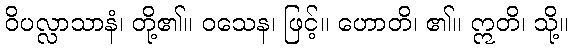
ဝိပလ္လာသာနံ၊ တို့၏။ ဝသေန၊ ဖြင့်။ ဟောတိ၊ ၏။ ဣတိ၊ သို့။